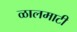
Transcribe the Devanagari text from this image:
ळालमाटी